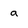
Character: a